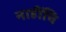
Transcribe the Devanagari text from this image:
नाहींचि